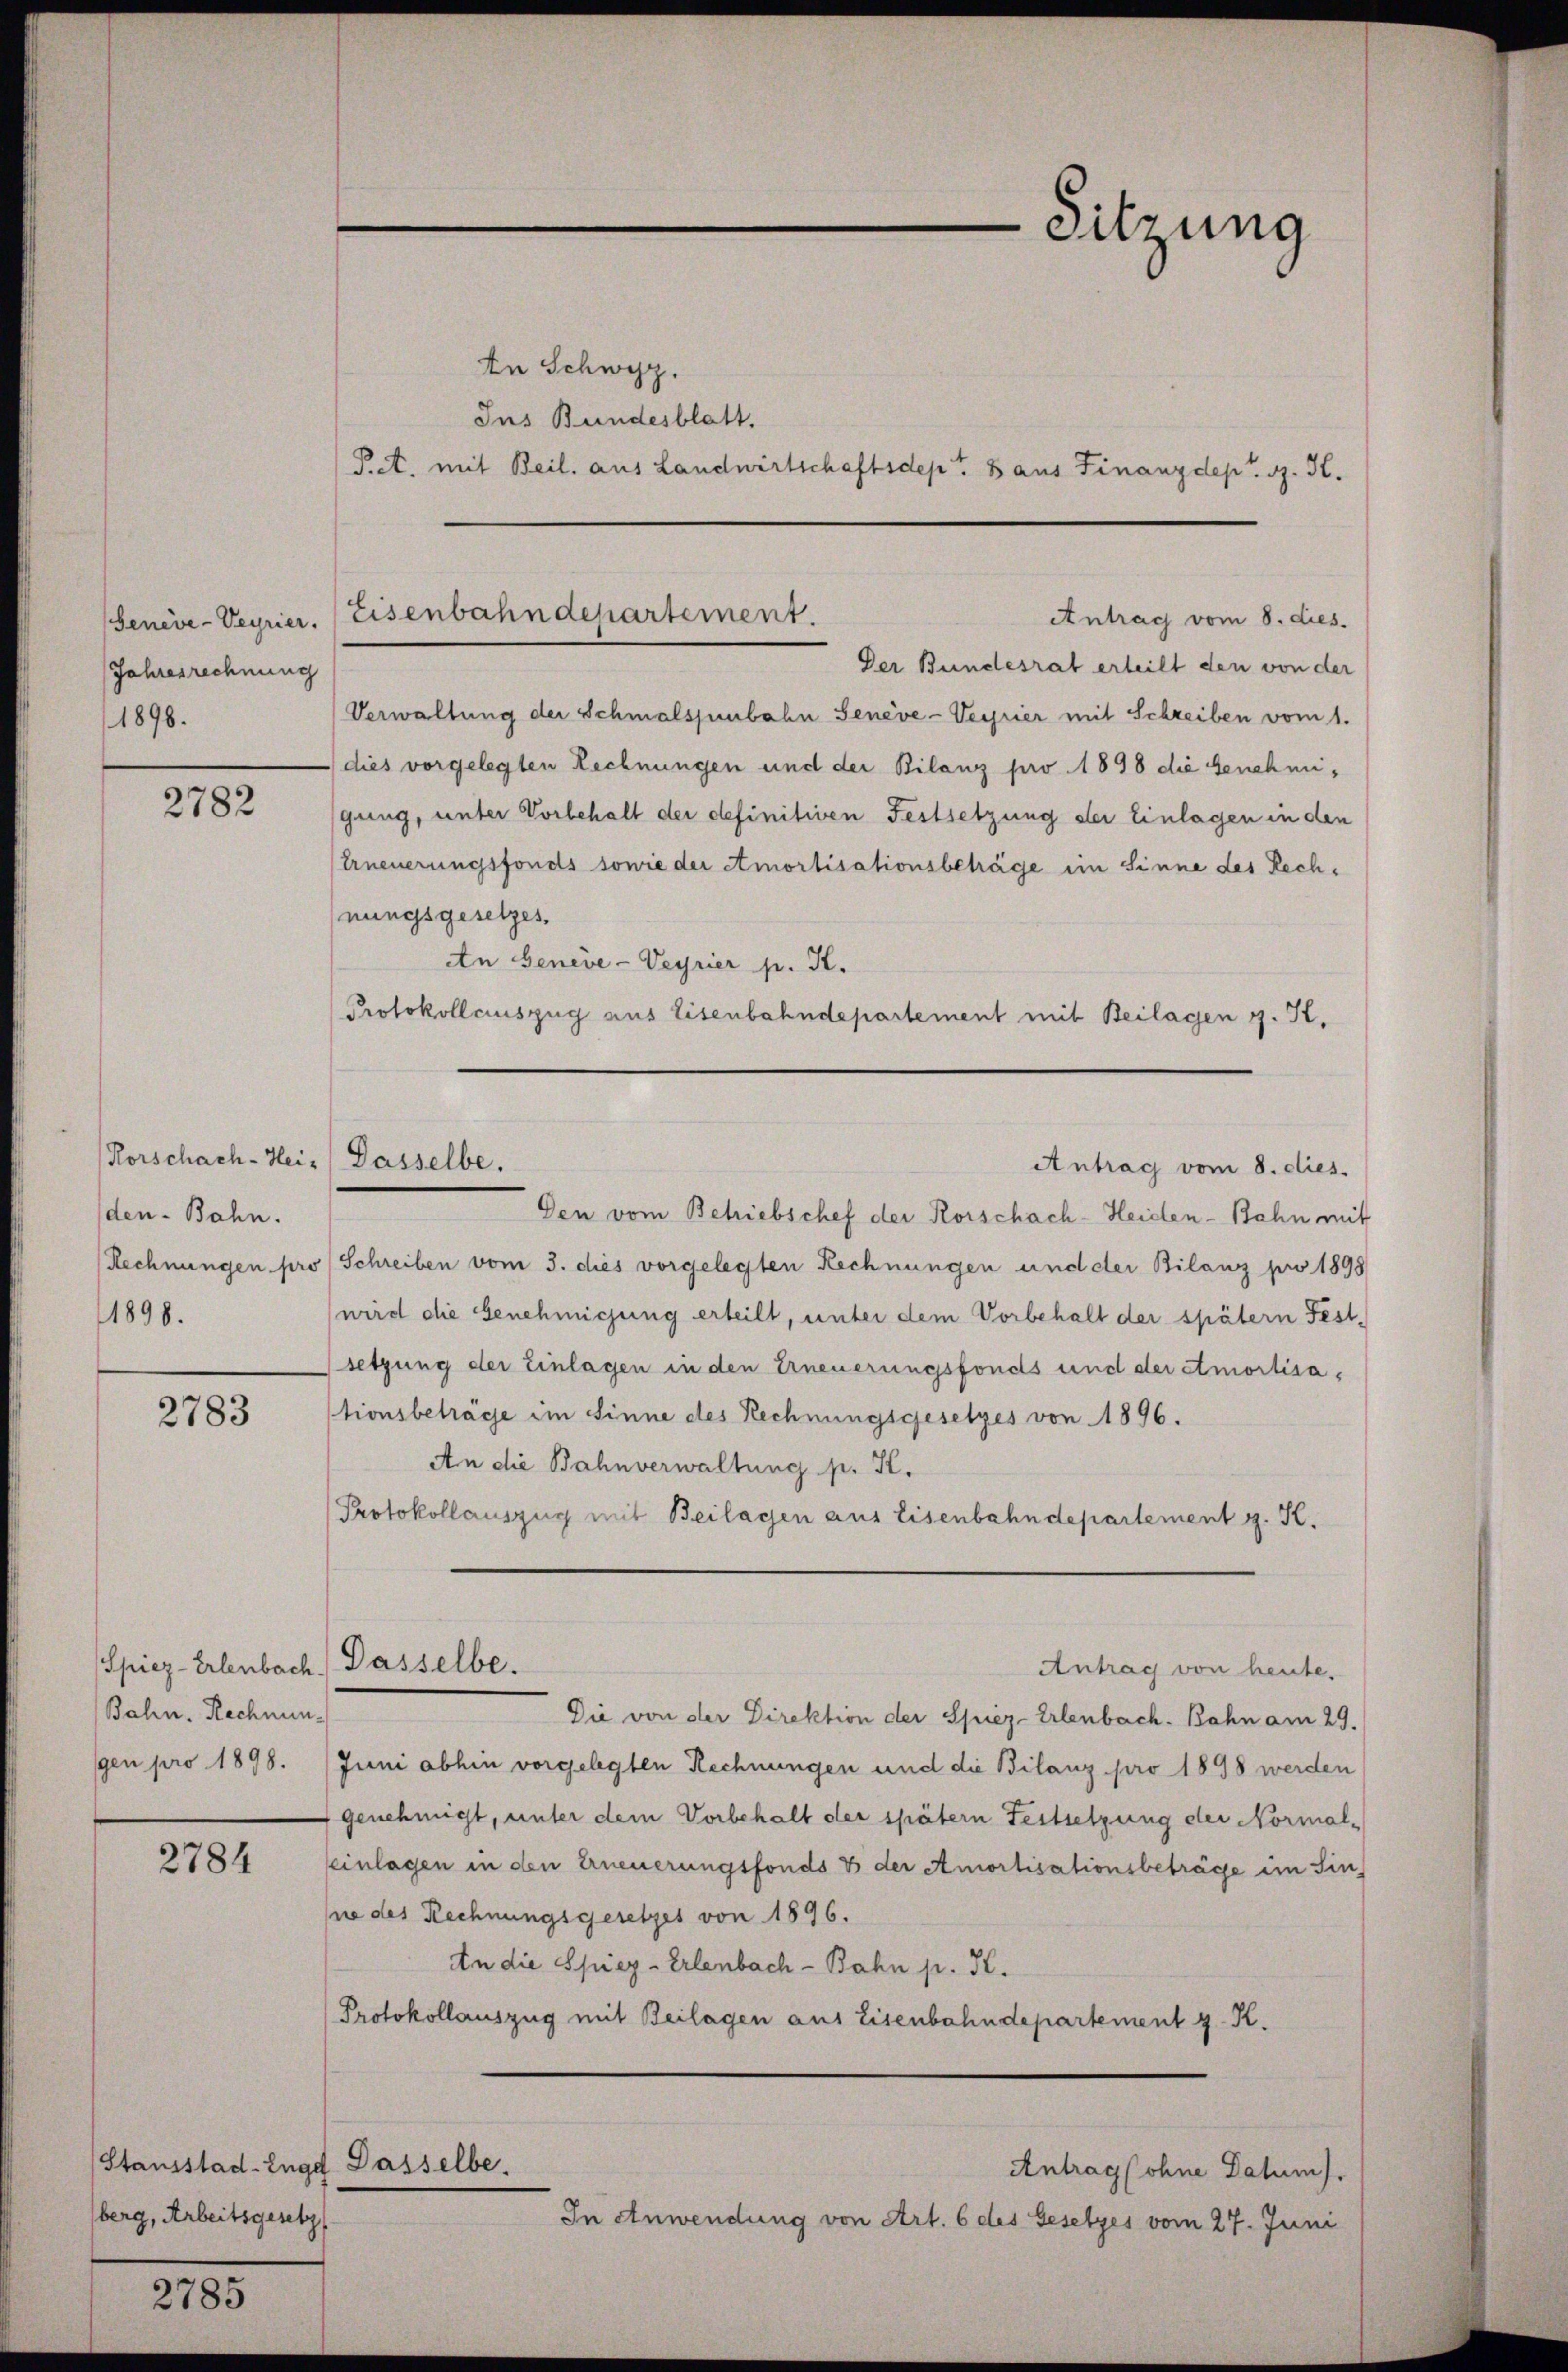
Jahresrechnung
1898.

2782

den-Bahn.
1898.

2783

Spiez-Erlenbach Passelbe.
Bahn. Rechnungen pro 1898.

2784

Stausstad-Engel
berg, Arbeitsgesetz

2785

Verwaltung der Schmalspunbahn Genève-Veyrier mit Schreiben vom 1.
dies vorgelegten Rechnungen und der Bilanz pro 1898 die Genehmigung, unter Vorbehalt der definitiven Festsetzung der Einlagen in den
Erneuerungsfonds sowie der Amortisationsbeträge im Sinne des Rechnungsgesetzes,
An Geneve-Veyrier p. K.
Protokollauszug aus Eisenbahndepartement mit Beilagen z. B.

Rorschach-Hei. Dasselbe.

In Schwyz.
Ins Bundesblatt.
Pct. mit Beil. aus Landwirtschaftsdept. 8 aus Finanzdep. G. K.

Genève-Veyrier. Eisenbahndepartement.
Antrag vom 8. dies.
Der Bundesrat erteilt den von der

Dasselbe.

Den vom Betriebschef der Rorschach-Heiden-Bahn mit
Rechnungen pro (Schreiben vom 3. dies vorgelegten Rechnungen und der Bilanz pro 1898
wird die Genehmigung erteilt, unter dem Vorbehalt der spätern Fest-
setzung der Einlagen in den Erneuerungsfonds und der Amortisationsbeträge im Sinne des Rechnungsgesetzes von 1896.
An die Bahnverwaltung p. K.
Protokollauszug mit Beilagen aus Eisenbahndepartement g. K.

-Sitzung

Antrag vom 8. dies.

Antrag von heute.

Die von der Direktion der Spiez-Erlenbach. Bahn am 29.
Juni abhin vorgelegten Rechnungen und die Bilanz pro 1898 werden
 genehmigt, unter dem Vorbehalt der spätern Festsetzung der Normal-
einlagen in den Erneuerungsfonds 7 der Amortisationsbeträge im Sin
sie des Rechnungsgeretzes von 1896.
An die Spiez-Erlenbach - Bahn p. K.
Protokollauszug mit Beilagen aus Eisenbahndepartement z. K.

In Anwendung von Art. 6 des Gesetzes vom 27. Juni

Antragsohne Datum).